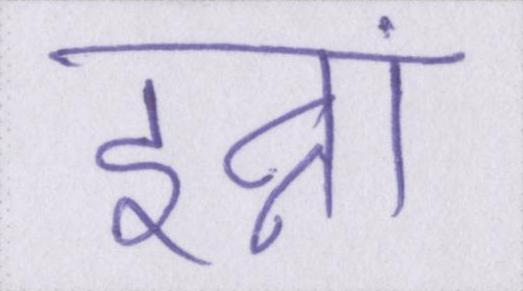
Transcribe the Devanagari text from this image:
इन्नां